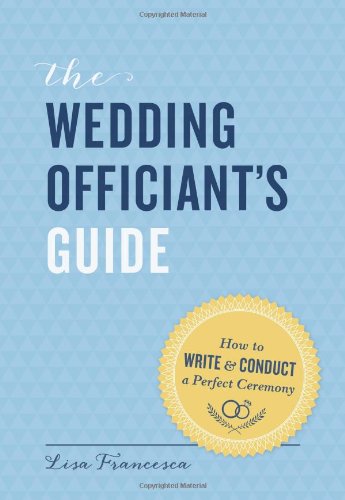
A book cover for The Wedding Officiant's Guide: How to Write and Conduct a Perfect Ceremony; Lisa Francesca; Reference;